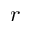
r